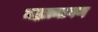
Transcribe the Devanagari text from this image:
महात्मागण